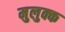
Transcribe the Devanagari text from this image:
मुलुक्क